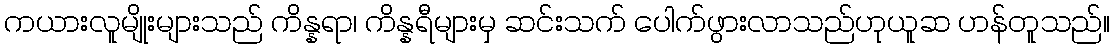
ကယားလူမျိုးများသည် ကိန္နရာ၊ ကိန္နရီများမှ ဆင်းသက် ပေါက်ဖွားလာသည်ဟုယူဆ ဟန်တူသည်။